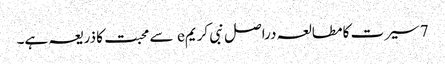
7 سیرت کا مطالعہ دراصل نبی کریمe سے محبت کا ذریعہ ہے۔